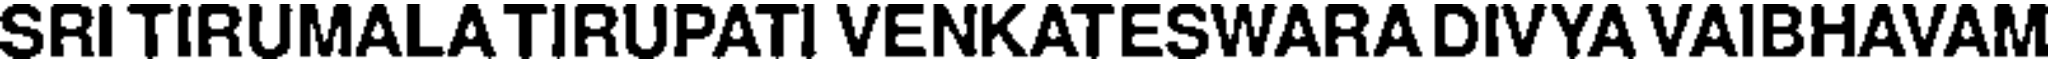
SRI TIRUMALA TIRUPATI VENKATESWARA DIVYA VAIBHAVAM